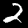
Digit: 2